Vaccination in the Punjab 1867-1880 - 1867-1880
Year: 1867
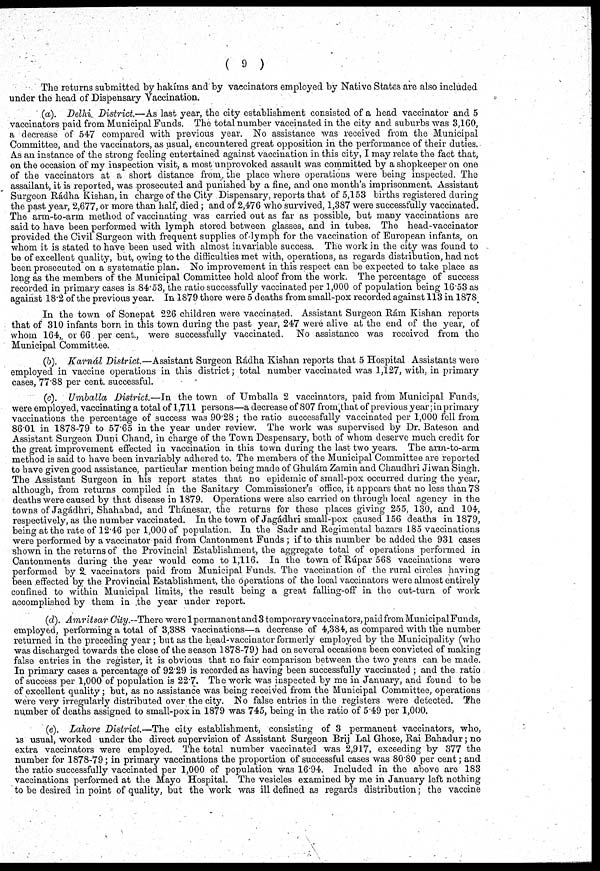
( 9 )
The returns submitted by hakíms and by vaccinators employed by Native States are also included
under the head of Dispensary Vaccination.
(a). Delhi District.—As last year, the city establishment consisted of a head vaccinator and 5
vaccinators paid from Municipal Funds. The total number vaccinated in the city and suburbs was 3,160,
a decrease of 547 compared with previous year. No assistance was received from the Municipal
Committee, and the vaccinators, as usual, encountered great opposition in the performance of their duties.
As an instance of the strong feeling entertained against vaccination in this city, I may relate the fact that,
on the occasion of my inspection visit, a most unprovoked assault was committed by a shopkeeper on one
of the vaccinators at a short distance from the place where operations were being inspected. The
assailant, it is reported, was prosecuted and punished by a fine, and one month's imprisonment. Assistant
Surgeon Rádha Kishan, in charge of the City Dispensary, reports that of 5,153 births registered during
the past year, 2,677, or more than half, died ; and of 2,476 who survived, 1,387 were successfully vaccinated.
The arm-to-arm method of vaccinating was carried out as far as possible, but many vaccinations are
said to have been performed with lymph stored between glasses, and in tubes. The head-vaccinator
provided the Civil Surgeon with frequent supplies of lymph for the vaccination of European infants, on
whom it is stated to have been used with almost invariable success. The work in the city was found to
be of excellent quality, but, owing to the difficulties met with, operations, as regards distribution, had not
been prosecuted on a systematic plan. No improvement in this respect can be expected to take place as
long as the members of the Municipal Committee hold aloof from the work. The percentage of success
recorded in primary cases is 84.53, the ratio successfully vaccinated per 1,000 of population being 16.53 as
against 18.2 of the previous year. In 1879 there were 5 deaths from small-pox recorded against 113 in 1878
In the town of Sonepat 226 children were vaccinated. Assistant Surgeon Rám Kishan reports
that of 310 infants born in this town during the past year, 247 were alive at the end of the year, of
whom 164, or 66 per cent., were successfully vaccinated. No assistance was received from the
Municipal Committee.
(b). Karnál District.—Assistant Surgeon Rádha Kishan reports that 5 Hospital Assistants were
employed in vaccine operations in this district; total number vaccinated was 1,127, with, in primary
cases, 77.88 per cent. successful.
(c). Umballa District.—In the town of Umballa 2 vaccinators, paid from Municipal Funds,
were employed, vaccinating a total of 1,711 persons—a decrease of 807 from that of previous year; in primary
vaccinations the percentage of success was 90.28; the ratio successfully vaccinated per 1,000 fell from
86.01 in 1878-79 to 57.65 in the year under review. The work was supervised by Dr. Bateson and
Assistant Surgeon Duni Chand, in charge of the Town Despensary, both of whom deserve much credit for
the great improvement effected in vaccination in this town during the last two years. The arm-to-arm
method is said to have been invariably adhered to. The members of the Municipal Committee are reported
to have given good assistance, particular mention being made of Ghulám Zamin and Chaudhri Jiwan Singh.
The Assistant Surgeon in his report states that no epidemic of small-pox occurred during the year,
although, from returns compiled in the Sanitary Commissioner's office, it appears that no less than 78
deaths were caused by that disease in 1879. Operations were also carried on through local agency in the
towns of Jagádhri, Shahabad, and Thánesar, the returns for these places giving 255, 130, and 104,
respectively, as the number vaccinated. In the town of Jagádhri small-pox caused 156 deaths in 1879,
being at the rate of 12.46 per 1,000 of population. In the Sadr and Regimental bazars 185 vaccinations
were performed by a vaccinator paid from Cantonment Funds ; if to this number be added the 931 cases
shown in the returns of the Provincial Establishment, the aggregate total of operations performed in
Cantonments during the year would come to 1,116. In the town of Rúpar 568 vaccinations were
performed by 2 vaccinators paid from Municipal Funds. The vaccination of the rural circles having
been effected by the Provincial Establishment, the operations of the local vaccinators were almost entirely
confined to within Municipal limits, the result being a great falling-off in the out-turn of work
accomplished by them in the year under report.
(d). Amritsar City.—There were 1 permanentand 3 temporary vaccinators, paid from Municipal Funds,
employed, performing a total of 3,388 vaccinations—a decrease of 4,384, as compared with the number
returned in the preceding year; but as the head-vaccinator formerly employed by the Municipality (who
was discharged towards the close of the season 1878-79) had on several occasions been convicted of making
false entries in the register, it is obvious that no fair comparison between the two years can be made.
In primary cases a percentage of 92.29 is recorded as having been successfully vaccinated ; and the ratio
of success per 1,000 of population is 22.7. The work was inspected by me in January, and found to be
of excellent quality ; but, as no assistance was being received from the Municipal Committee, operations
were very irregularly distributed over the city. No false entries in the registers were detected. The
number of deaths assigned to small-pox in 1879 was 745, being in the ratio of 5 49 per 1,000.
(e). Lahore District.—The city establishment, consisting of 3 permanent vaccinators, who,
is usual, worked under the direct supervision of Assistant Surgeon Brij Lal Ghose, Rai Bahadur; no
extra vaccinators were employed. The total number vaccinated was 2,917, exceeding by 377 the
number for 1878-79; in primary vaccinations the proportion of successful cases was 80.80 per cent; and
the ratio successfully vaccinated per 1,000 of population was 16.94. Included in the above are 183
vaccinations performed at the Mayo Hospital. The vesicles examined by me in January left nothing
to be desired in point of quality, but the work was ill defined as regards distribution; the vaccine